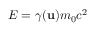
E = \gamma ( \mathbf { u } ) m _ { 0 } c ^ { 2 }